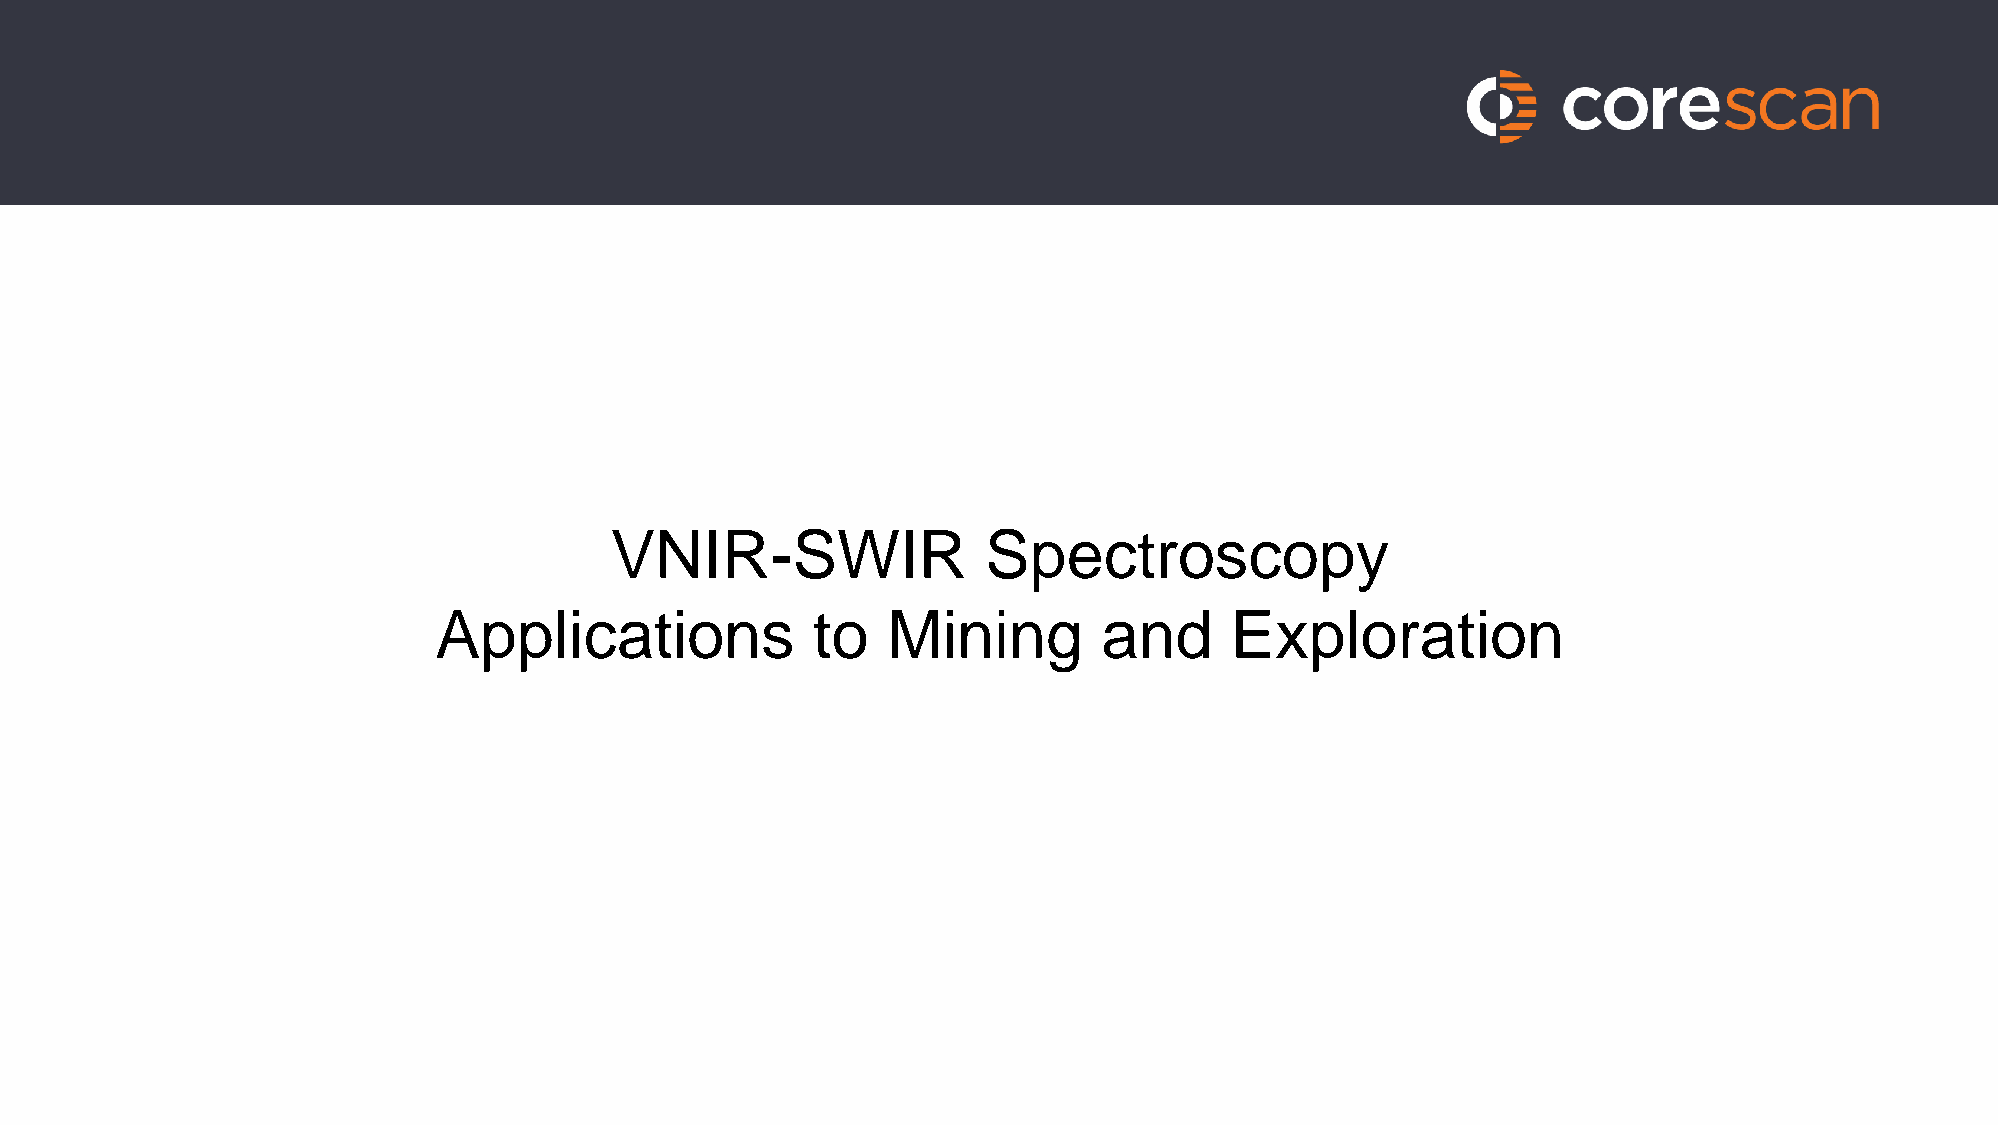
VNIR-SWIR                Spectroscopy
 Applications             to   Mining        and     Exploration